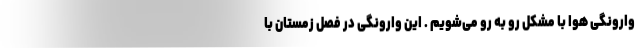
وارونگی هوا با مشکل رو به رو می‌شویم . این وارونگی در فصل زمستان با